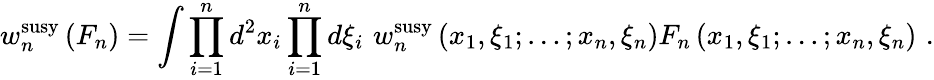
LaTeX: w_{n}^{\mathrm{susy}}\left(F_{n}\right)=\int\prod_{i=1}^{n}d^{2}x_{i}\prod_{i=1}^{n}d\xi_{i}\, \, w_{n}^{\mathrm{susy}}\left(x_{1},\xi_{1};\ldots;x_{n},\xi_{n}\right)F_{n}\left(x_{1},\xi_{1};\ldots;x_{n},\xi_{n}\right)\, \, .